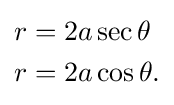
{\begin{aligned}&r=2a\sec \theta \\&r=2a\cos \theta .\end{aligned}}